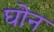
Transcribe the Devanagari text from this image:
घोन